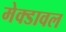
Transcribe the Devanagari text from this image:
मेक्डावल